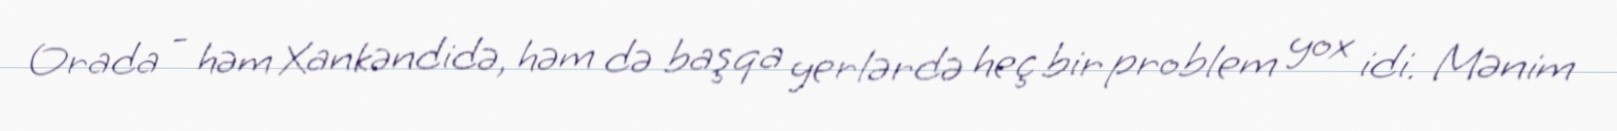
Orada - həm Xankəndidə, həm də başqa yerlərdə heç bir problem yox idi. Mənim